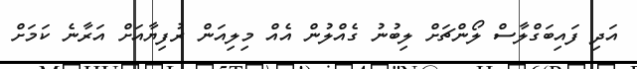
އަދި ފައިބަގްލާސް ލޯންޗަށް ލިބުނު ގެއްލުން އެއް މިލިއަން ރުފިޔާއަށް އަރާނެ ކަމަށް